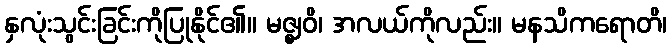
နှလုံးသွင်းခြင်းကိုပြုနိုင်၏။ မဇ္ဈဝိ၊ အလယ်ကိုလည်း။ မနသိကရောတိ၊